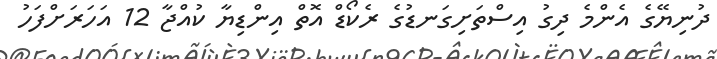
ދުނިޔޭގެ އެންމެ ދިގު އިސްތަށިގަނޑުގެ ރެކޯޑް އޮތް އިންޑިޔާ ކުއްޖާ 12 އަހަރަށްފަހު